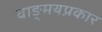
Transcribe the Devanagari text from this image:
वाङ्‌मयप्रकार